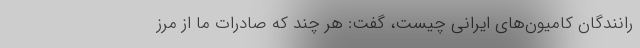
رانندگان کامیون‌های ایرانی چیست، گفت: هر چند که صادرات ما از مرز